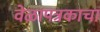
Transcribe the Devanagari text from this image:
वेळापत्रकाचा